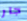
جار